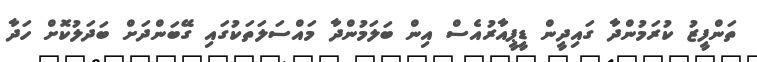
ތަންފީޒު ކުރަމުންދާ ގައިދީން ޑީޕީއާރުއެސް އިން ބަލަމުންދާ މައްސަލަތަކުގައި ގޭބަންދަށް ބަދަލުކޮށް ހަދާ